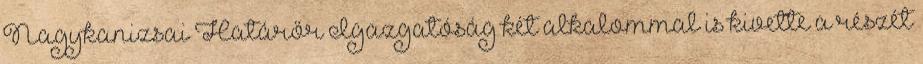
Nagykanizsai Határőr Igazgatóság két alkalommal is kivette a részét